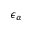
\epsilon _ { \alpha }